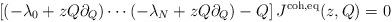
LaTeX: \begin{align*} \left[(-\lambda_0 + z Q \partial_Q) \cdots (- \lambda_N + z Q \partial_Q) - Q\right] J^{\textnormal{coh},\textnormal{eq}}(z,Q) = 0 \end{align*}